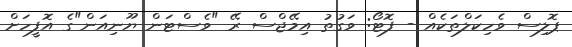
ޕޮލިސް ވެހިކަލްތަކެއް - ފޮޓޯ: ވަގުތު އިމޭޖްސް ރޭ "ވެސްޓަން ޔޫނިއަން"ގެ އޮފީހަށް